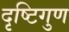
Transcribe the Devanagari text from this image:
दृष्टिगुण